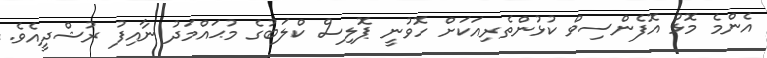
އެންމެ މޮޅު އޮފެންސިވް ކުޅުންތެރިއަކަށް ހޮވުނީ ޕޮލިސް ކްލަބުގެ މުޙައްމަދު ނާއިފު ރުޝްދީއެވެ.